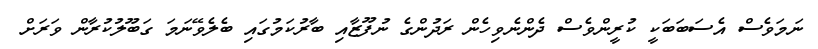
ނަމަވެސް އެސަބަބަކީ ކުރީންވެސް ދެންނެވިހެން ރަދުންގެ ނުފޫޒާއި ބާރުކަމުގައި ބެލެވޭނަމަ ގަބޫލުކުރާން ވަރަށް